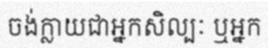
ចង់ក្លាយជាអ្នកសិល្បៈ ឬអ្នក